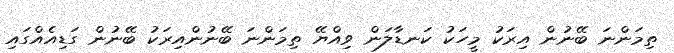
ތިމަންނަ ބޭނުން އިރަކު މީހަކު ކަނޑާލަން ވިއްޔޭ ތިމަންނަ ބޭނުންއިރަކު ބޭނުން ގަޑިއެއްގައި